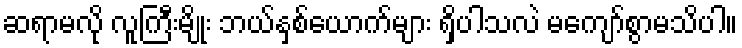
ဆရာမလို လူကြီးမျိုး ဘယ်နှစ်ယောက်များ ရှိပါသလဲ မကျော်စွာမသိပါ။